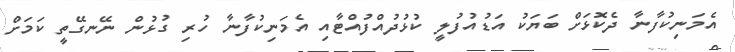
އެމަނިކުފާނާ ދެކޮޅަށް ބަޔަކު އަޑުއުފުލީ ކުޅުދުއްފުއްޓާއި އެމަނިކުފާނާ ހުރި ގުޅުން ނޭނގޭތީ ކަމަށް